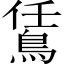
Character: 鵀